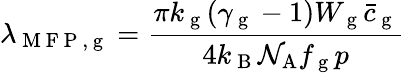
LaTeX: \lambda_{\mathrm{~M~F~P~,~g~}}=\frac{\pi k_{\mathrm{~g~}}(\gamma_{\mathrm{~g~}}-1)W_{\mathrm{~g~}}\bar{c}_{\mathrm{~g~}}}{4k_{\mathrm{~B~}}\mathcal{N}_{\mathrm{A}}f_{\mathrm{~g~}}p}